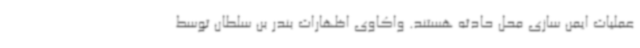
عملیات ایمن سازی محل حادثه هستند. واکاوی اظهارات بندر بن سلطان توسط